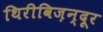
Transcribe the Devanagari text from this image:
थिरीविज़न्दूर